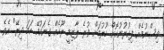
ވިސްނުމެއް ފިކުރުނުކޮށް ހޫރުމަށް ވުރެ ލާޒިމީ ރޫހެއް ގެނައުމޭ ހަމަ ދިރޭ" އެވެ.